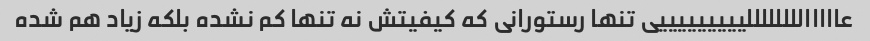
عاااااللللللللیییییییییی تنها رستورانی که کیفیتش نه تنها کم نشده بلکه زیاد هم شده